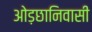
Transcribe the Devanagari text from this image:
ओड़छानिवासी